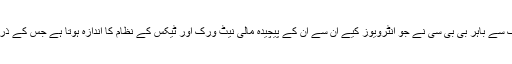
طالبان کتنا دولت مند افغانستان کے اندر اور ملک سے باہر بی بی سی نے جو انٹرویوز کیے ان سے ان کے پیچیدہ مالی نیٹ ورک اور ٹیکس کے نظام کا اندازہ ہوتا ہے جس کے ذریعے وہ اپنی بغاوت کو جاری رکھے ہوئے ہیں۔